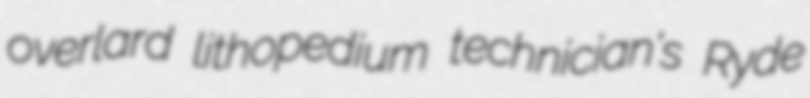
overlard lithopedium technician's Ryde